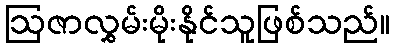
ဩဇာလွှမ်းမိုးနိုင်သူဖြစ်သည်။